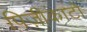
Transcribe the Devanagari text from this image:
पिज़ीकाटो